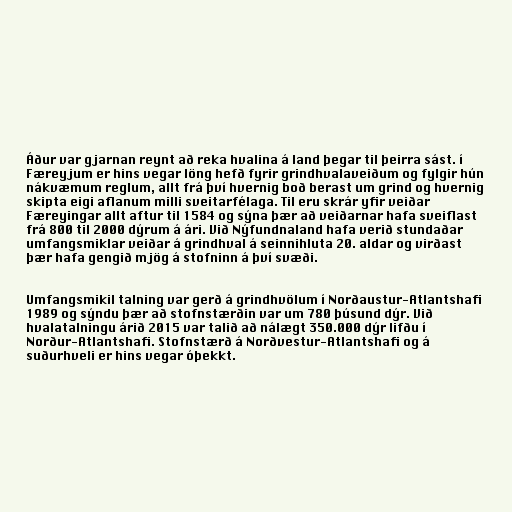
Áður var gjarnan reynt að reka hvalina á land þegar til þeirra sást. í
Færeyjum er hins vegar löng hefð fyrir grindhvalaveiðum og fylgir hún
nákvæmum reglum, allt frá því hvernig boð berast um grind og hvernig
skipta eigi aflanum milli sveitarfélaga. Til eru skrár yfir veiðar
Færeyingar allt aftur til 1584 og sýna þær að veiðarnar hafa sveiflast
frá 800 til 2000 dýrum á ári. Við Nýfundnaland hafa verið stundaðar
umfangsmiklar veiðar á grindhval á seinnihluta 20. aldar og virðast
þær hafa gengið mjög á stofninn á því svæði.

Umfangsmikil talning var gerð á grindhvölum í Norðaustur-Atlantshafi
1989 og sýndu þær að stofnstærðin var um 780 þúsund dýr. Við
hvalatalningu árið 2015 var talið að nálægt 350.000 dýr lifðu í
Norður-Atlantshafi. Stofnstærð á Norðvestur-Atlantshafi og á
suðurhveli er hins vegar óþekkt.